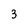
Character: 3